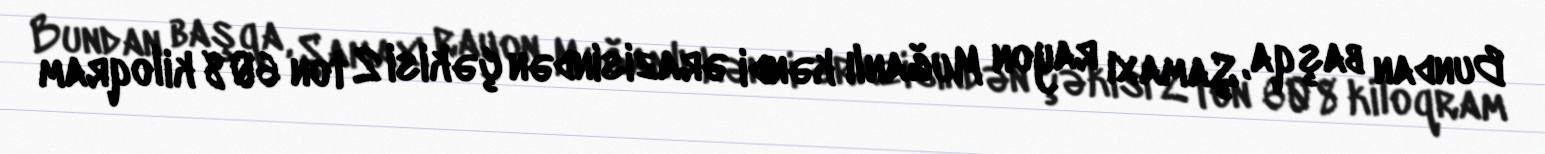
Bundan başqa, Şamaxı rayon Muğanlı kəndi ərazisindən çəkisi 2 ton 608 kiloqram